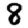
Digit: 8